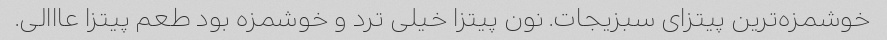
خوشمزه‌ترین پیتزای سبزیجات. نون پیتزا خیلی ترد و خوشمزه بود طعم پیتزا عااالی.